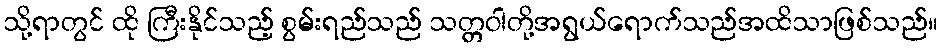
သို့ရာတွင် ထို ကြီးနိုင်သည့် စွမ်းရည်သည် သတ္တဝါတို့အရွယ်ရောက်သည်အထိသာဖြစ်သည်။